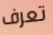
تعرف